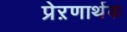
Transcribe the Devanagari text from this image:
प्रेऱणार्थक